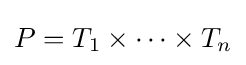
P=T_{1}\times \dots \times T_{n}